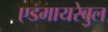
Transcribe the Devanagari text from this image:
एडमायरेबुल